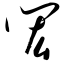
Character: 闳